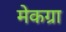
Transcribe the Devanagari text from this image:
मेकग्रा